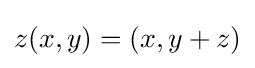
z(x,y)=(x,y+z)